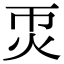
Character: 𤆱